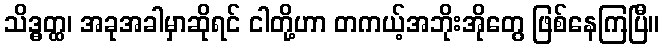
သိဒ္ဓတ္ထ၊ အခုအခါမှာဆိုရင် ငါတို့ဟာ တကယ့်အဘိုးအိုတွေ ဖြစ်နေကြပြီ။